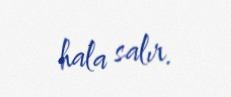
hala salır.